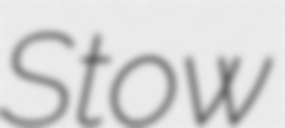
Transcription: Stow